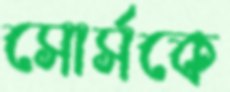
সোর্সকে